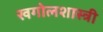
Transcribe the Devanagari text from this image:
खगोलशास्‍त्री